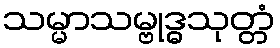
သမ္မာသမ္ဗုဒ္ဓသုတ္တံ